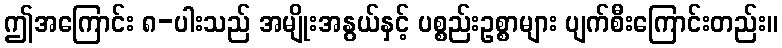
ဤအကြောင်း ၈-ပါးသည် အမျိုးအနွယ်နှင့် ပစ္စည်းဥစ္စာများ ပျက်စီးကြောင်းတည်း။